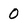
Character: 0